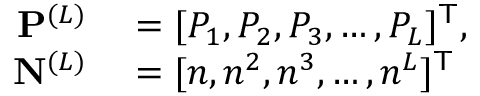
\begin{array} { r l } { \mathbf P ^ { ( L ) } } & { { } = [ P _ { 1 } , P _ { 2 } , P _ { 3 } , \ldots , P _ { L } ] ^ { \mathsf T } , } \\ { \mathbf N ^ { ( L ) } } & { { } = [ n , n ^ { 2 } , n ^ { 3 } , \ldots , n ^ { L } ] ^ { \mathsf T } } \end{array}